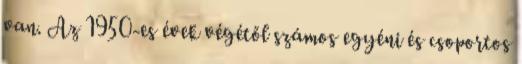
van. Az 1950-es évek végétől számos egyéni és csoportos